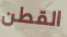
القطن